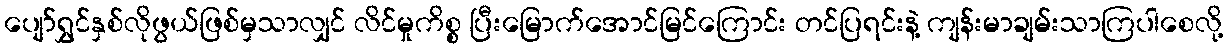
ပျော်ရွှင်နှစ်လိုဖွယ်ဖြစ်မှသာလျှင် လိင်မှုကိစ္စ ပြီးမြောက်အောင်မြင်ကြောင်း တင်ပြရင်းနဲ့ ကျန်းမာချမ်းသာကြပါစေလို့